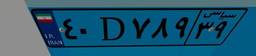
۴۰D۷۸۹۳۹